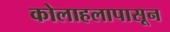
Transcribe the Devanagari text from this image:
कोलाहलापासून